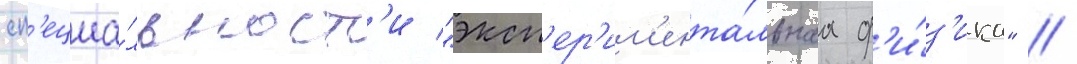
сп'ециа́льност'и "эксп'ер'им'ента́льнаа ф'и́з'ика" //